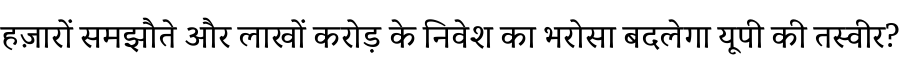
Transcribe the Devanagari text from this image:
हज़ारों समझौते और लाखों करोड़ के निवेश का भरोसा बदलेगा यूपी की तस्वीर?